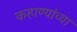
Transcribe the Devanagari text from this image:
कहाण्यांच्या